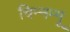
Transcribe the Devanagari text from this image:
चिन्‍नम्‍मू